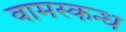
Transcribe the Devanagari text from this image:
वामस्कन्ध